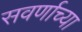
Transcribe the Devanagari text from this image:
सवर्णाच्या